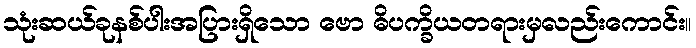
သုံးဆယ်ခုနစ်ပါးအပြားရှိသော ဗော ဓိပက္ခိယတရားမှလည်းကောင်း။